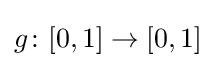
g\colon [0,1]\rightarrow [0,1]